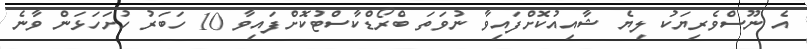
އެ ނޫސްވެރިޔަކު ލިޔެ ޝާއިއުކޮށްފައިވާ ނުވަތަ ބްރޯޑްކާސްޓުކޮށްފައިވާ 10 ހަބަރު ހުށަހަޅަން ވާނެ